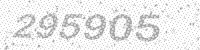
Solution: 295905